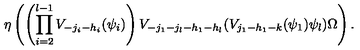
\eta \left( \left( \prod _ { i = 2 } ^ { l - 1 } V _ { - j _ { i } - h _ { i } } ( \psi _ { i } ) \right) V _ { - j _ { 1 } - j _ { l } - h _ { 1 } - h _ { l } } ( V _ { j _ { 1 } - h _ { 1 } - k } ( \psi _ { 1 } ) \psi _ { l } ) \Omega \right) .